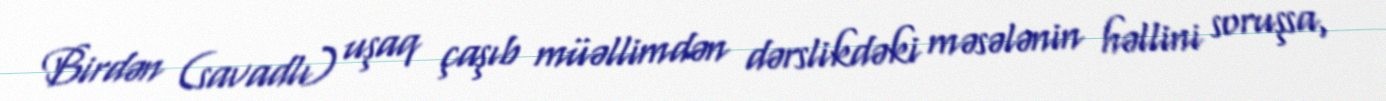
Birdən (savadlı) uşaq çaşıb müəllimdən dərslikdəki məsələnin həllini soruşsa,